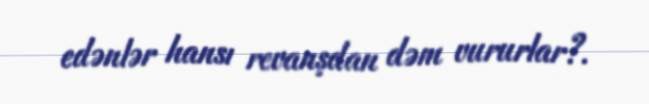
edənlər hansı revanşdan dəm vururlar?.